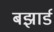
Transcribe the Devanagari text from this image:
बझार्ड